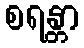
စရန္တာ